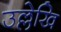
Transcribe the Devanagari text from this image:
उल्लेखि